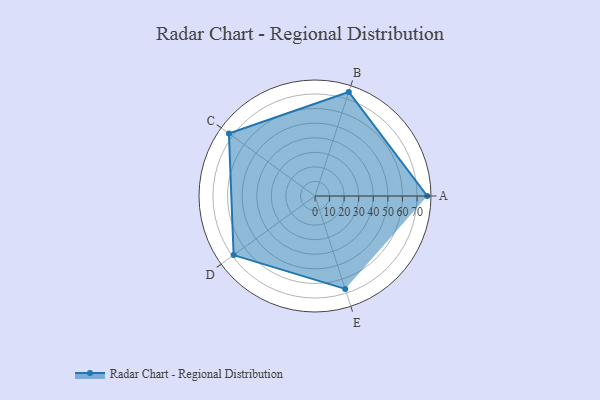
{"axis": {"x": "Skill", "y": "Score"}, "legend": ["Profile"], "data": [{"x": "A", "y": 77.0, "type": "Profile"}, {"x": "B", "y": 75.0, "type": "Profile"}, {"x": "C", "y": 73.0, "type": "Profile"}, {"x": "D", "y": 69.0, "type": "Profile"}, {"x": "E", "y": 67.0, "type": "Profile"}]}